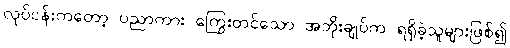
လုပ်ငန်းကတော့ ပညာကား ကြွေးတင်သော အဘိုးချုပ်က ရရှိခဲ့သူများဖြစ်၍